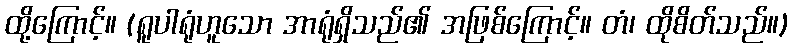
ထို့ကြောင့်။ (ရူပါရုံဟူသော အာရုံရှိသည်၏ အဖြစ်ကြောင့်။ တံ၊ ထိုစိတ်သည်။)